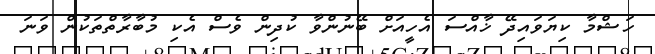
ހަޝްމާ ކިޔަވައިދޭ ޚާއްސަ އެހީއަށް ބޭނުންވާ ކުދިން ވެސް އެކި މުބާރާތްތަކުން ވަނަ